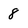
Character: 8